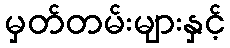
မှတ်တမ်းများနှင့်